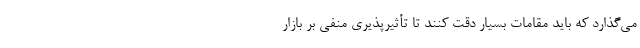
می‌گذارد که باید مقامات بسیار دقت کنند تا تأثیرپذیری منفی بر بازار